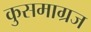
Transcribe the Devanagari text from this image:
कुसमाग्रज